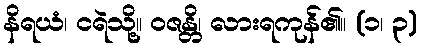
နိရယံ၊ ငရဲသို့။ ဝဇန္တိ၊ လားရကုန်၏။ (၁၊ ၃)